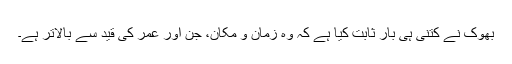
بھوک نے کتنی ہی بار ثابت کیا ہے کہ وہ زمان و مکان، جن اور عمر کی قید سے بالاتر ہے۔